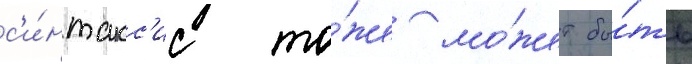
с'и́нтакс'ис то́же мо́жет бы́ть